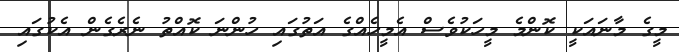
މީގެ މާނައަކީ ކޮންމެ މީހަކުވެސް އެމީހެއްގެ އަތުގައި ހުންނަ ކޮއްތު ނެރެގެން އެކުގައި